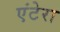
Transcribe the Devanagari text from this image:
एंटेरा